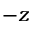
- z